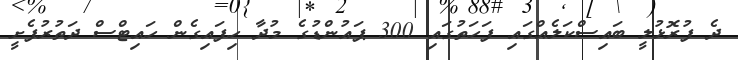
ދެ ފުރޮޅުލީ ބައިސްކަލެއްގައި ފަހަތުގައި 300 ޕައުންޑުގެ މުދާ ހިފައިގެން ހައިޓްސް ދަތުރުފެށީ